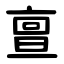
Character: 亶